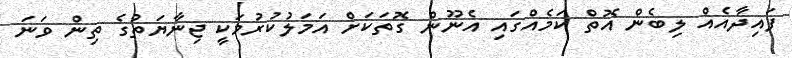
ފައިދާއެއް ލިބެން އޮތް ކަމެއްގައި އެނޫން ގޮތަކަށް އަމަލުކުރުމަކީ ޖިނާޔަތުގެ ތިން ވަނަ